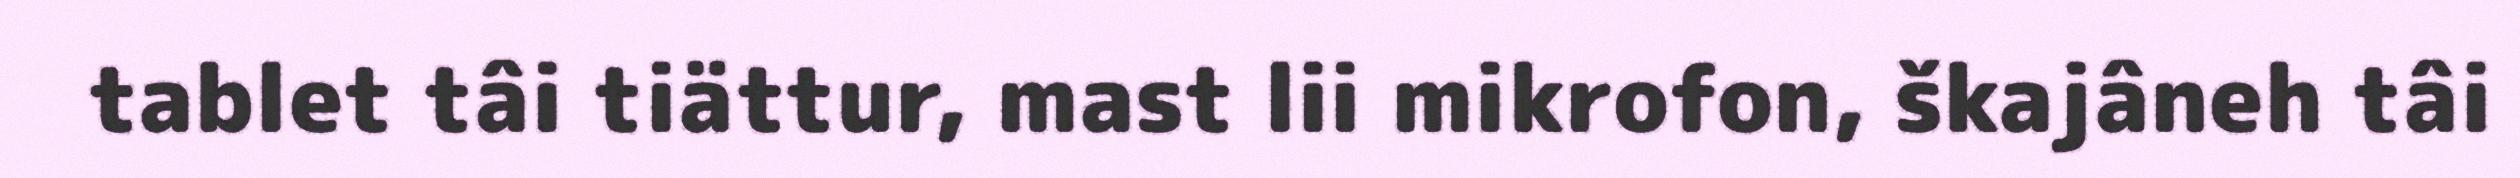
tablet tâi tiättur, mast lii mikrofon, škajâneh tâi